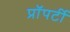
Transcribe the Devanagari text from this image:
प्राॅपर्टी